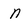
Character: n